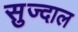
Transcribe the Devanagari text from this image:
सुज्दाल